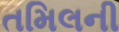
તમિલની